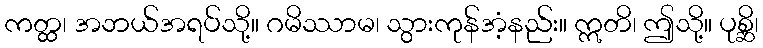
ကတ္ထ၊ အဘယ်အရပ်သို့။ ဂမိဿာမ၊ သွားကုန်အံ့နည်း။ ဣတိ၊ ဤသို့။ ပုစ္ဆိ၊